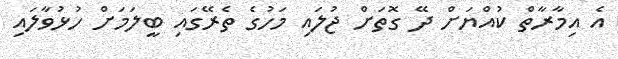
އެ އިމާރާތް ކުއްޔަށް ދޭ ގޮތަށް ޖުލައި މަހުގެ ތެރޭގައި ބީލަމަށް ހުޅުވާލައި